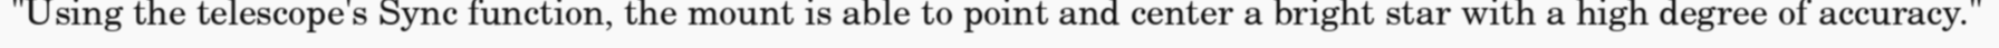
"Using the telescope's Sync function, the mount is able to point and center a bright star with a high degree of accuracy."